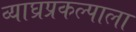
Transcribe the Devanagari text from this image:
व्याघ्रप्रकल्पाला